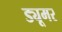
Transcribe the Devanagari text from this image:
ड्यूमर